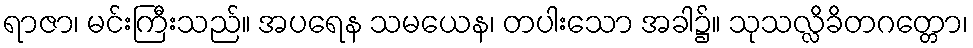
ရာဇာ၊ မင်းကြီးသည်။ အပရေန သမယေန၊ တပါးသော အခါ၌။ သုသလ္လိခိတဂတ္တော၊